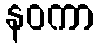
နဝကာ